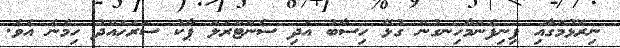
ނިރޮޅުމަގާއި ފިނިފެންމާހިނގުން ގުޅޭ ހިސާބު އަދި ސެންޓްރަލް ޕާކު ސަރަހައްދު ހިމެނެ އެވެ.